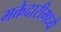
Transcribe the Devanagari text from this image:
मक्तेदारीमध्ये